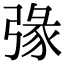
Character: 𢐄